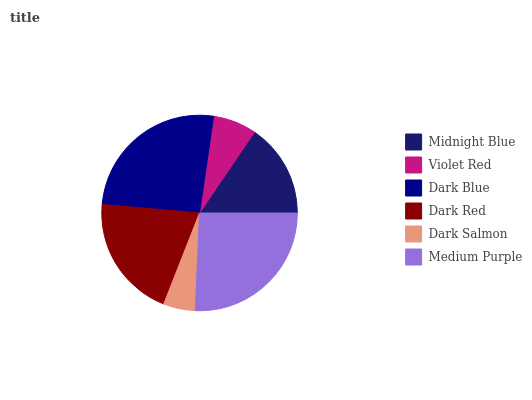
| Midnight Blue | Violet Red | Dark Blue | Dark Red | Dark Salmon | Medium Purple |
 | --- | --- | --- | --- | --- | --- |
 | 15.5% | 7.2% | 26% | 20.4% | 5.27% | 25.6% |